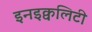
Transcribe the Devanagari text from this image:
इनइक्वलिटी